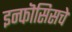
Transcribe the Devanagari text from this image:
इन्फॊसिसचे